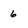
Character: 6